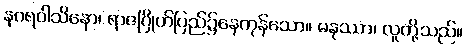
နဂရဝါသိနော၊ ရာဇဂြိုဟ်ပြည်၌နေကုန်သော။ မနုဿာ၊ လူတို့သည်။